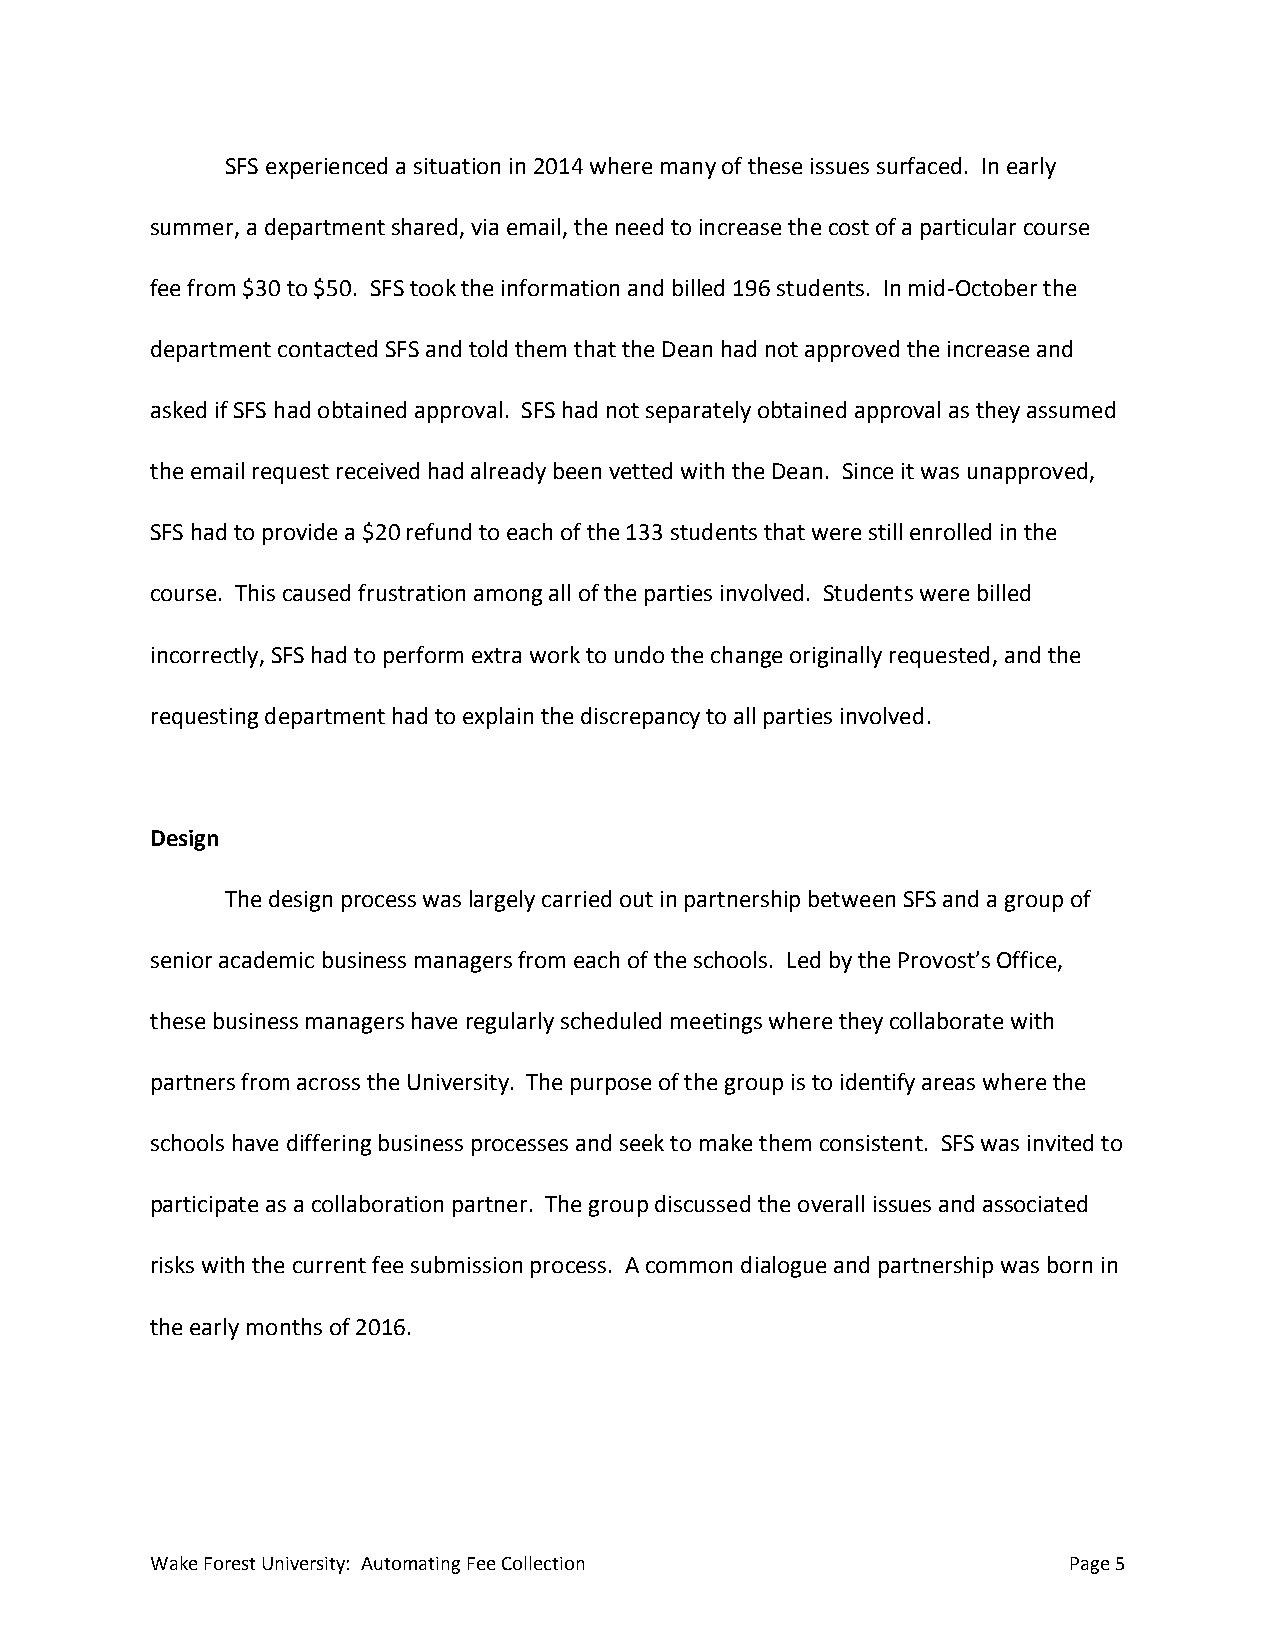
SFS experienced a situation in 2014 where many of these issues surfaced. In early
 summer, a department shared, via email, the need to increase the cost of a particular course
 fee from $30 to $50. SFS took the information and billed 196 students. In mid-October the
 department contacted SFS and told them that the Dean had not approved the increase and
 asked if SFS had obtained approval. SFS had not separately obtained approval as they assumed
 the email request received had already been vetted with the Dean. Since it was unapproved,
 SFS had to provide a $20 refund to each of the 133 students that were still enrolled in the
 course. This caused frustration among all of the parties involved. Students were billed
 incorrectly, SFS had to perform extra work to undo the change originally requested, and the
 requesting department had to explain the discrepancy to all parties involved.
 Design
 The design process was largely carried out in partnership between SFS and a group of
 senior academic business managers from each of the schools. Led by the Provost’s Office,
 these business managers have regularly scheduled meetings where they collaborate with
 partners from across the University. The purpose of the group is to identify areas where the
 schools have differing business processes and seek to make them consistent. SFS was invited to
 participate as a collaboration partner. The group discussed the overall issues and associated
 risks with the current fee submission process. A common dialogue and partnership was born in
 the early months of 2016.
 Wake Forest University: Automating Fee Collection            Page 5